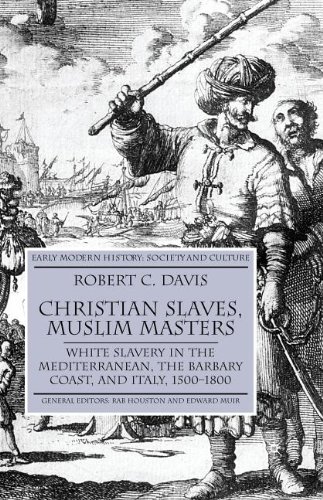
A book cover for Christian Slaves, Muslim Masters: White Slavery in the Mediterranean, the Barbary Coast and Italy, 1500-1800 (Early Modern History); Robert C. Davis; History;